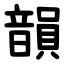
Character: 韻